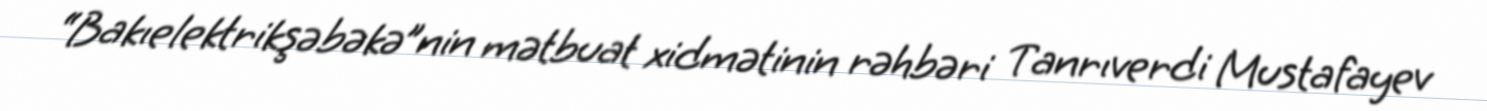
“Bakıelektrikşəbəkə”nin mətbuat xidmətinin rəhbəri Tanrıverdi Mustafayev